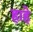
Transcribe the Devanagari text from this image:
हाहे